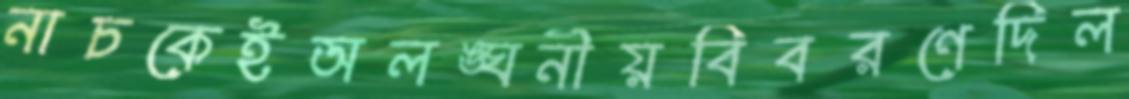
নাচকেইঅলঙ্ঘনীয়বিবরণেদিল